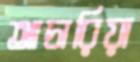
আচারিয়া